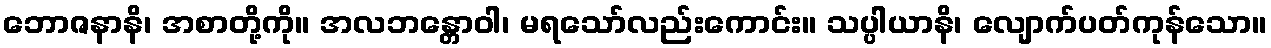
ဘောဇနာနိ၊ အစာတို့ကို။ အလဘန္တောဝါ၊ မရသော်လည်းကောင်း။ သပ္ပါယာနိ၊ လျောက်ပတ်ကုန်သော။